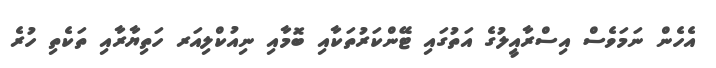
އެހެން ނަމަވެސް އިސްރާއީލުގެ އަތުގައި ޓޭންކަރުތަކާއި ބޮމާއި ނިއުކްލިއަރ ހަތިޔާރާއި ތަކެތި ހުރެ